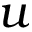
u